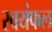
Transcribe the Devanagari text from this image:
स्वयंफल